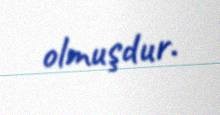
olmuşdur.